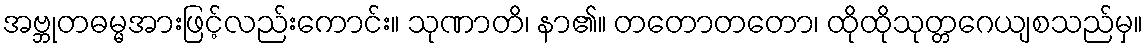
အဗ္ဘုတဓမ္မအားဖြင့်လည်းကောင်း။ သုဏာတိ၊ နာ၏။ တတောတတော၊ ထိုထိုသုတ္တဂေယျစသည်မှ။